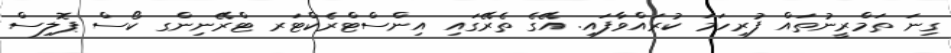
ގިނަ ތަމްރީނުތައް ފުރިހަމަ ކުރައްވާފައި. އޭގެ ތެރޭގައި އިންސްޓްރެކްޓަރ ޓްރޭނިންގ ކޯސް ޕޮލިސް